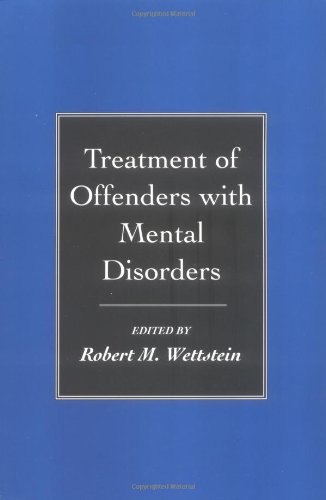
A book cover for Treatment of Offenders with Mental Disorders; Law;